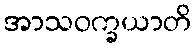
အာသဝက္ခယာတိ